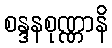
စန္ဒနစုဏ္ဏာနိ